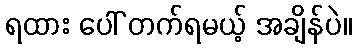
ရထား ပေါ် တက်ရမယ့် အချိန်ပဲ။